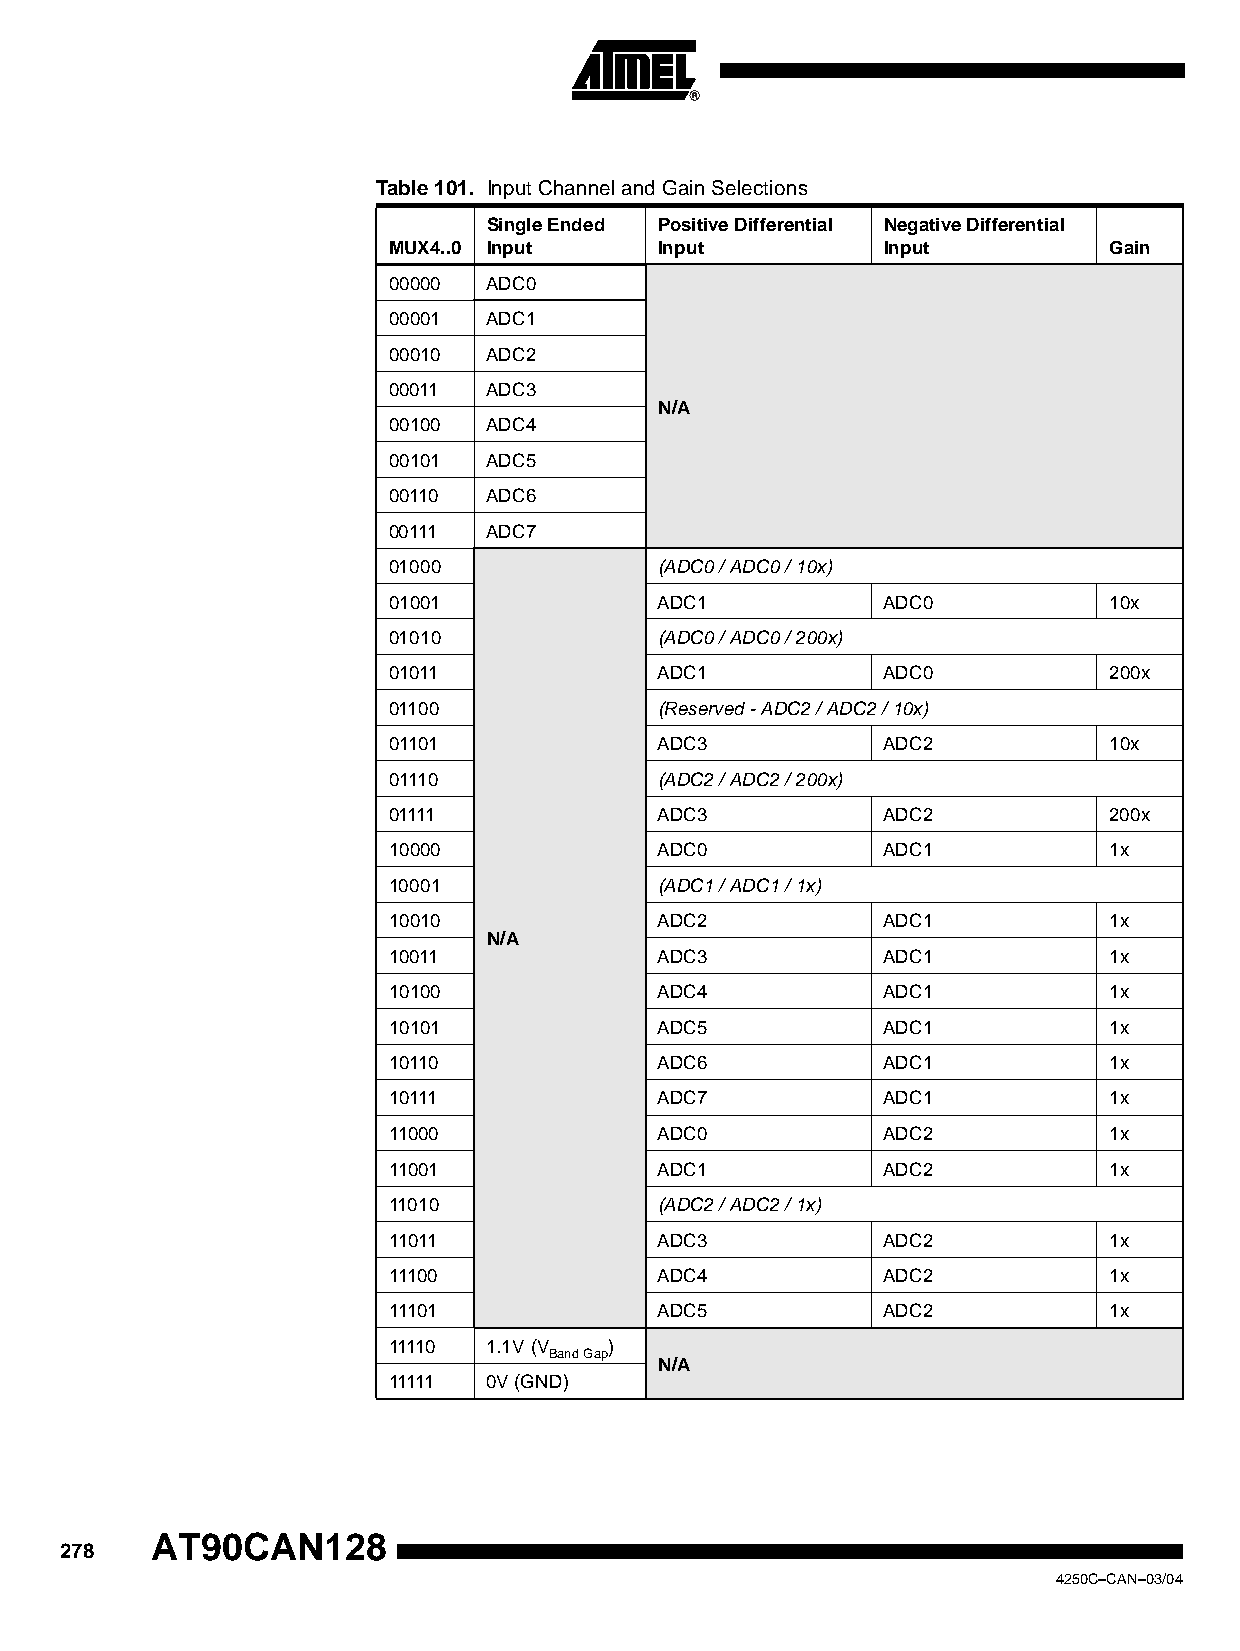
Table 101. Input Channel and Gain Selections
 Single Ended Positive Differential Negative Differential
 MUX4..0 Input     Input         Input          Gain
 00000 ADC0
 00001 ADC1
 00010 ADC2
 00011 ADC3
 N/A
 00100 ADC4
 00101 ADC5
 00110 ADC6
 00111 ADC7
 01000             (ADC0 / ADC0 / 10x)
 01001             ADC1          ADC0           10x
 01010             (ADC0 / ADC0 / 200x)
 01011             ADC1          ADC0           200x
 01100             (Reserved - ADC2 / ADC2 / 10x)
 01101             ADC3          ADC2           10x
 01110             (ADC2 / ADC2 / 200x)
 01111             ADC3          ADC2           200x
 10000             ADC0          ADC1           1x
 10001             (ADC1 / ADC1 / 1x)
 10010             ADC2          ADC1           1x
 N/A
 10011             ADC3          ADC1           1x
 10100             ADC4          ADC1           1x
 10101             ADC5          ADC1           1x
 10110             ADC6          ADC1           1x
 10111             ADC7          ADC1           1x
 11000             ADC0          ADC2           1x
 11001             ADC1          ADC2           1x
 11010             (ADC2 / ADC2 / 1x)
 11011             ADC3          ADC2           1x
 11100             ADC4          ADC2           1x
 11101             ADC5          ADC2           1x
 11110 1.1V (V )
 Band Gap
 N/A
 11111 0V (GND)
 AT90CAN128
 278
 4250C–CAN–03/04